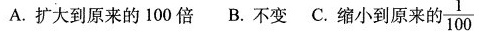
A.扩大到原来的100倍 B.不变 C.缩小到原来的 \frac{1}{100}